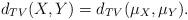
LaTeX: \begin{align*}d_{TV}(X,Y) = d_{TV}(\mu_X, \mu_Y).\end{align*}